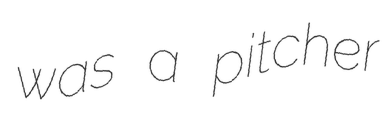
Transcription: was a pitcher